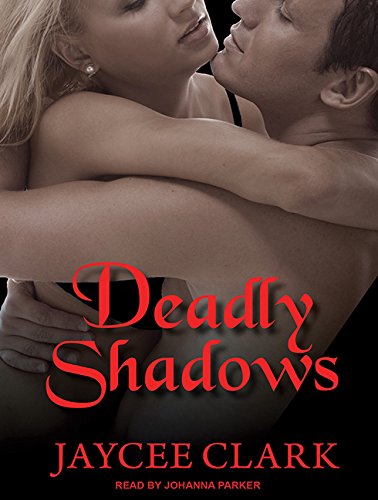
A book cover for Deadly Shadows (Kinncaid Brothers); Jaycee Clark; Romance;